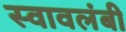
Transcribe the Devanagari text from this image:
स्‍वावलंबी